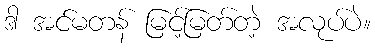
ဒါ အင်မတန် မြင့်မြတ်တဲ့ အလုပ်ပဲ။